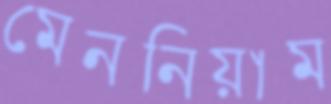
মেননিয়াম